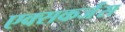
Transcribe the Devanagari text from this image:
एक्सकर्जंस